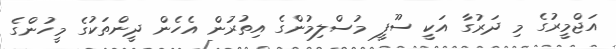
އަޖްމީރުގެ މި ދަރުގާ އަކީ ސޫފީ މުސްލިމުންގެ އިތުރުން އެހެން ދީންތަކުގެ މީހުންގެ